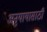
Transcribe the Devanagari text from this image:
अनुयायासाठी